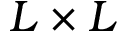
L \times L